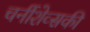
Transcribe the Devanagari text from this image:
चर्नीशेव्सकी